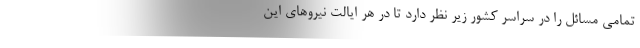
تمامی مسائل را در سراسر کشور زیر نظر دارد تا در هر ایالت نیروهای این